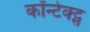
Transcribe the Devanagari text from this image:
कॉन्टेक्ट्स